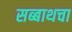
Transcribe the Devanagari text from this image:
सब्बाथचा